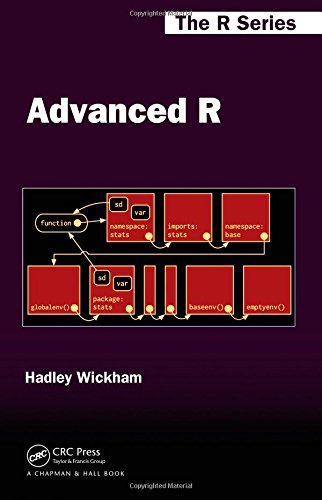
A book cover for Advanced R (Chapman & Hall/CRC The R Series); Hadley Wickham; Science & Math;